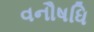
વનૌષધિ